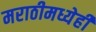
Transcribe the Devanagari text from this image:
मराठीमध्येही